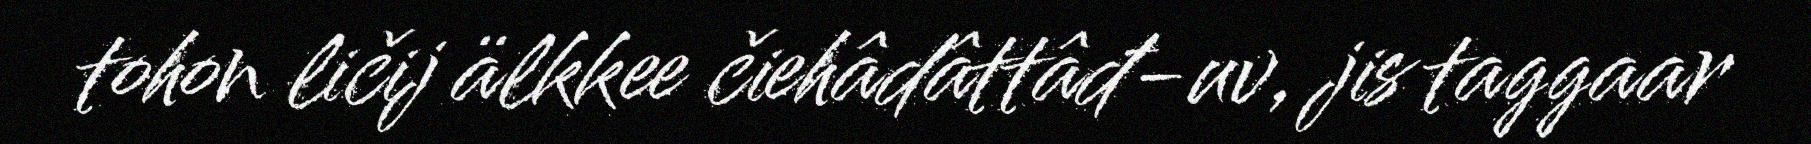
tohon ličij älkkee čiehâdâttâđ-uv, jis taggaar